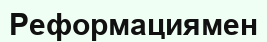
Реформациямен